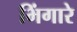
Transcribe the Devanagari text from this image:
भिंगारे